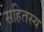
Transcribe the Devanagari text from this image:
सहितस्य